Code of medical and sanitary regulations for the guidance of medical officers serving in the Madras Presidency - Volume II
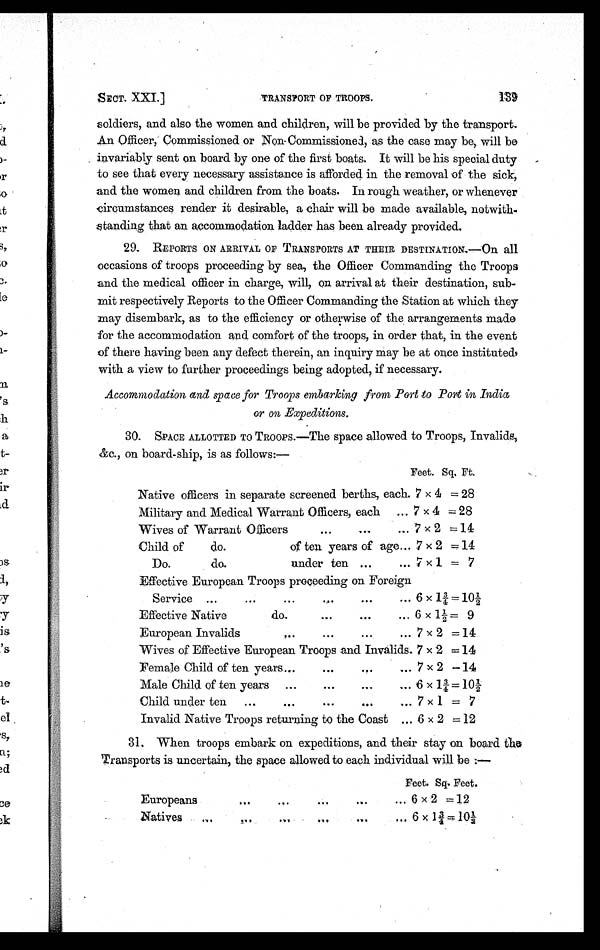
SECT. XXI.]
TRANSPORT OF TROOPS.
soldiers, and also the women and children, will be provided by the transport.
An Officer, Commissioned or Non Commissioned, as the case may be, will be
invariably sent on board by one of the first boats. It will be his special duty
to see that every necessary assistance is afforded. in the removal of the sick,
and the women and children from the boats. In rough weather, or whenever
circumstances render it desirable, a chair will be made available, notwith-
standing that an accommodation ladder has been already provided.
29. REPORTS ON ARRIVAL OF TRANSPORTS AT THEIR DESTINATION.—On all
occasions of troops proceeding by sea, the Officer Commanding the Troops
and the medical officer in charge, will, on arrival at their destination, sub-
mit respectively Reports to the Officer Commanding the Station at which they
may disembark, as to the efficiency or otherwise of the arrangements made
for the accommodation and comfort of the troops, in order that, in the event
of there having been any defect therein, an inquiry may be at once instituted,
with a view to further proceedings being adopted, if necessary.
Accommodation and space for Troops embarking from Port to Port in India
or on Expeditions.
30. SPACE ALLOTTED TO TROOPS.—The space allowed to Troops, Invalids,
&c., on board-ship, is as follows:—
Native officers in separate screened berths, each.
Feet. Sq. Ft.
7 x 4 = 28
Military and Medical Warrant Officers, each ... 7 x 4
= 28
Wives of Warrant Officers
. . .
. . .
... 7 x 2 = 14
Child of
do.
of ten years of age... 7 x 2 = 14
Do.
do.
under ten ...
... 7 x 1 = 7
Effective European Troops proceeding on Foreign
Service ...
. . .
. . .
....
. . .
... 6x1¾ = 10½
Effective Native
do.
...
. . .
... 6 x ½ = 9
European Invalids
. . .
. . .
. . .
... 7 x 2 = 14
Wives of Effective European Troops and Invalids. 7 x 2
= 14
Female Child of ten years...
. . .
. . .
... 7 x 2 = 14
Male Child of ten years ...
...
...
... 6 x 6x1¾ = 1 0 ½
Child under ten
...
. . .
. . .
. . .
,.. 7 x 1 = 7
Invalid Native Troops returning to the Coast ... 6 x 2 =12
31. When troops embark on expeditions, and their stay on board the
Transports is uncertain, the space allowed to each individual will be:—
Europeans
....
. . .
...
. . .
...
Feet. Sq. Feet.
6 x 2 = 12
Natives
. . .
. . .
. . .
. . .
. . .
. . . 6 x 1¾
= 10½